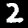
Label: 2